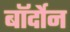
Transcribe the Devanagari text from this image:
बॉर्दोन